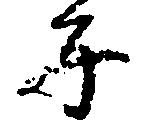
子